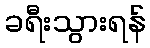
ခရီးသွားရန်